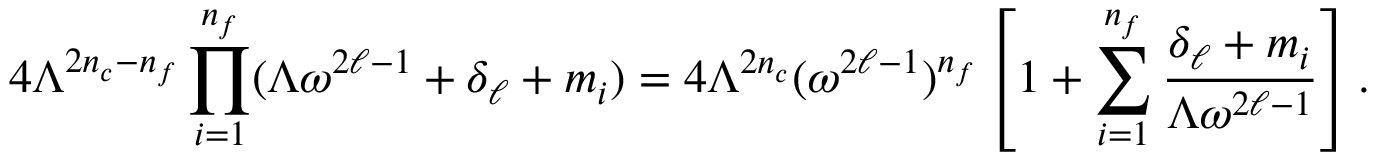
4 \Lambda ^ { 2 n _ { c } - n _ { f } } \prod _ { i = 1 } ^ { n _ { f } } ( \Lambda \omega ^ { 2 \ell - 1 } + \delta _ { \ell } + m _ { i } ) = 4 \Lambda ^ { 2 n _ { c } } ( \omega ^ { 2 \ell - 1 } ) ^ { n _ { f } } \left[ 1 + \sum _ { i = 1 } ^ { n _ { f } } \frac { \delta _ { \ell } + m _ { i } } { \Lambda \omega ^ { 2 \ell - 1 } } \right] .